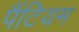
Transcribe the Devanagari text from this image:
पैंटियम